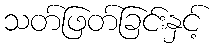
သတ်ဖြတ်ခြင်းနှင့်